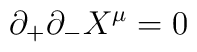
\partial_+\partial_- X^\mu =0